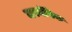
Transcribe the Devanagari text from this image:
जरमॅनिक